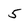
Character: 5